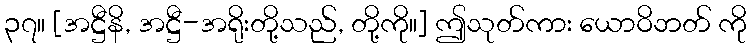
၃၇။ [အဋ္ဌီနိ, အဋ္ဌီ-အရိုးတို့သည်, တို့ကို။] ဤသုတ်ကား ယောဝိဘတ် ကို